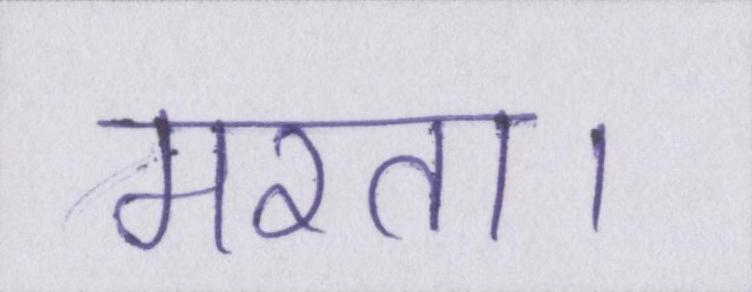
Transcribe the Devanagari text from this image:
मरता।